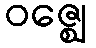
ဝဇ္ဈေ